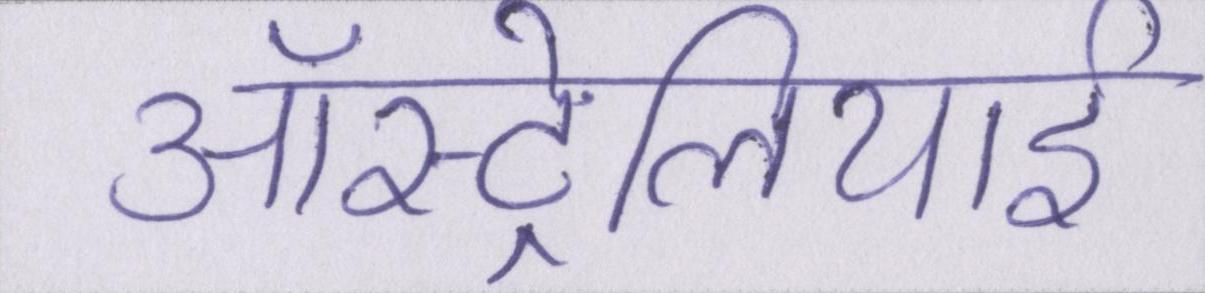
ऑस्ट्रेलियाई